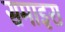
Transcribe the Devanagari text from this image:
समाइरा